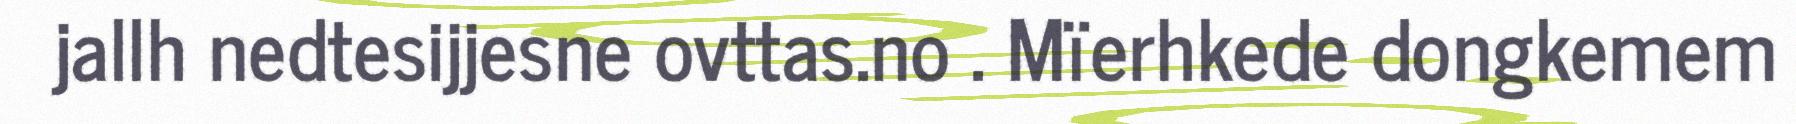
jallh nedtesijjesne ovttas.no . Mïerhkede dongkemem